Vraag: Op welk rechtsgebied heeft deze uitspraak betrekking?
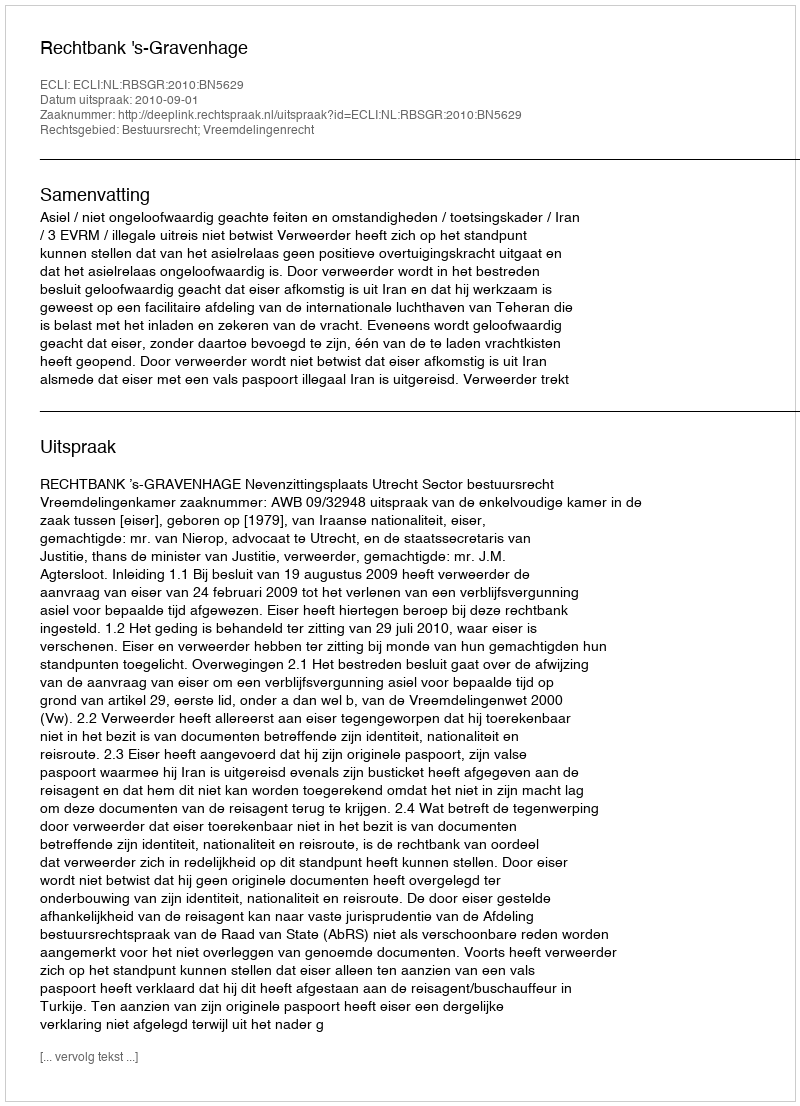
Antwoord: Bestuursrecht; Vreemdelingenrecht